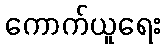
ကောက်ယူရေး